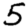
Digit: 5